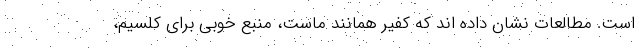
است. مطالعات نشان داده اند که کفیر همانند ماست، منبع خوبی برای کلسیم،